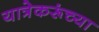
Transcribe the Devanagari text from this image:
यात्रेकरूंच्या